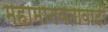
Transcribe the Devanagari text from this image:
महामानवतावादी